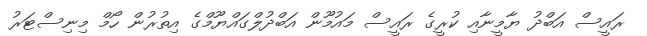
ރައީސް އަބްދު ޔާމީނާއި ކުރީގެ ރައީސް މައުމޫން އަބްދުލްގައްޔޫމްގެ އިތުރުން ހޯމް މިނިސްޓަރު